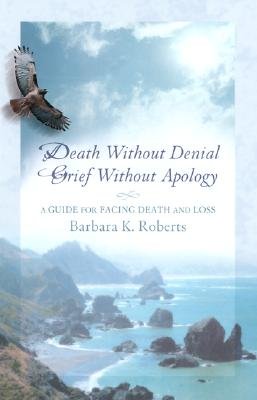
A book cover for Death Without Denial Grief Without Apology: A Guide for Facing Death and LossÂ Â  [DEATH W/O DENIAL GRIEF W/O] [Paperback]; Barbara K.-(Author) ; Jackson, Ann(Foreword by) Roberts; Law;